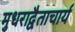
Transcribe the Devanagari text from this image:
मुधराद्वैताचार्य